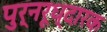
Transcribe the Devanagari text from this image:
पुर्नरूध्दारक